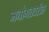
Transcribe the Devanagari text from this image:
मनोगतवरील